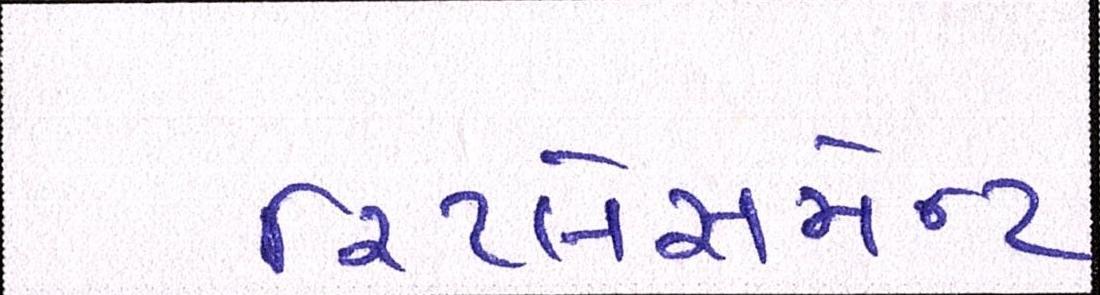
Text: રિપ્લેસમેન્ટ